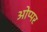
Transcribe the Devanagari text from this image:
ओप्पर